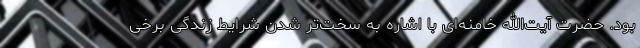
بود. حضرت آیت‌الله خامنه‌ای با اشاره به سخت‌تر شدن شرایط زندگی برخی